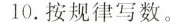
10.按规律写数。